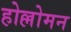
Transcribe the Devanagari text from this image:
होल्लोमन